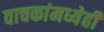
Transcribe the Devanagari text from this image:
वाचकांमध्येही